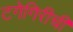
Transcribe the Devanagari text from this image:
टगेगिरीची